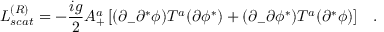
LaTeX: { \cal L } _ { s c a t } ^ { ( R ) } = - \frac { i g } { 2 } A _ { + } ^ { a } \left[ ( \partial _ { - } \partial ^ { * } \phi ) T ^ { a } ( \partial \phi ^ { * } ) + ( \partial _ { - } \partial \phi ^ { * } ) T ^ { a } ( \partial ^ { * } \phi ) \right] \; \; \; .